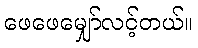
ဖေဖေမျှော်လင့်တယ်။